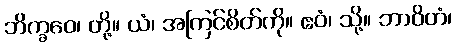
ဘိက္ခဝေ၊ တို့။ ယံ၊ အကြင်စိတ်ကို။ ဧဝံ၊ သို့။ ဘာဝိတံ၊